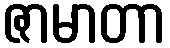
ဇာမာတာ